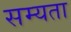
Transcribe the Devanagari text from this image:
सम्यता